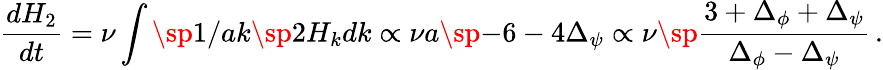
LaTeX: {\frac{dH_{2}}{dt}}=\nu\int\sp{1/a}k\sp 2H_{k}dk\propto\nu a\sp{-6-4\Delta_{\psi}}\propto\nu\sp{\frac{3+\Delta_{\phi}+\Delta_{\psi}}{\Delta_{\phi}-\Delta_{\psi}}}\, .